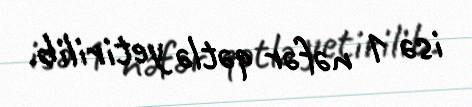
isə 1 nəfər qətlə yetirilib.